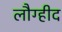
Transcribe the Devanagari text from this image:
लौग्हीद